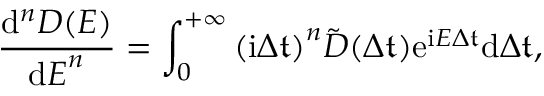
\frac { \mathrm { d } ^ { n } D ( E ) } { { \mathrm { d } E } ^ { n } } = \int _ { 0 } ^ { + \infty } { ( \mathrm { i } \Delta \mathfrak { t } ) } ^ { n } \tilde { D } ( \Delta \mathfrak { t } ) \mathrm { e } ^ { \mathrm { i } E \Delta \mathfrak { t } } \mathrm { d } { \Delta \mathfrak { t } } ,